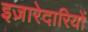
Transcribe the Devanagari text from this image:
इज़ारेदारियों